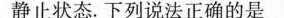
静止状态。下列说法正确的是